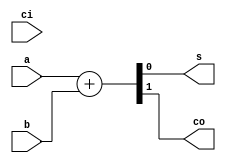
module fulladder_n(a,b,s,ci,co);
parameter n=1;
input [n-1:0]a;
input [n-1:0]b;
output [n-1:0]s;
input ci;
output co;
reg [n-1:0]s;
reg co;
always @(*)
begin
    {co,s}=a+b;
end
endmodule